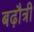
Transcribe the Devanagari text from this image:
बढ़ौत्री